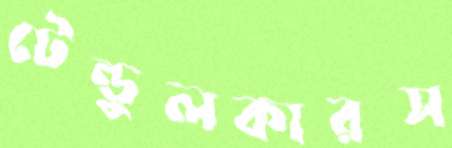
টেন্ডুলকারস